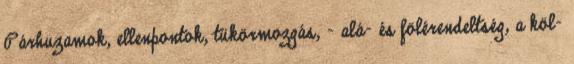
Párhuzamok, ellenpontok, tükörmozgás, - alá- és fölérendeltség, a köl-